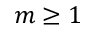
m \ge 1